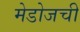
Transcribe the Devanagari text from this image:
मेडोजची